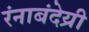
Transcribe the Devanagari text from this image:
रंनाबंदेय्री